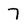
Character: 7